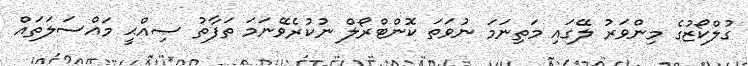
ގުލްކޯޒުގެ މިންވަރު ލޭގައި މަތިނަމަ ނުވަތަ ކޮންޓްރޯލް ނުކުރެވޭނަމަ ތަފާތު ޞިއްޙީ މައްސަލަތައް